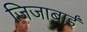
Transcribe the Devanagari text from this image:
जिजाबाईं